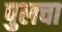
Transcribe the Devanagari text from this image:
पुलचा